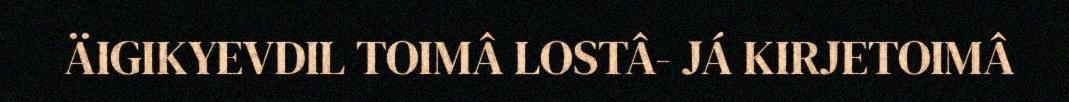
ÄIGIKYEVDIL TOIMÂ LOSTÂ- JÁ KIRJETOIMÂ